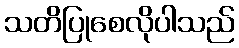
သတိပြုစေလိုပါသည်